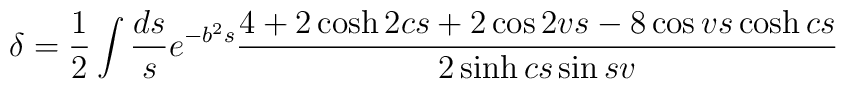
\delta=\frac{1}{2}\int\frac{ds}{s}e^{-b^{2} s}\frac{4+2\cosh 2cs+2\cos 2vs-8\cos vs \cosh cs}{2\sinh cs \sin sv}